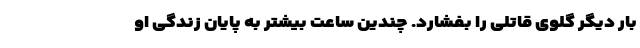
بار دیگر گلوی قاتلی را بفشارد. چندین ساعت بیشتر به پایان زندگی او